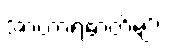
အာဟာရဓာတ်များ